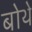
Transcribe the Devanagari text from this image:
बोथे